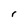
Character: r